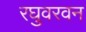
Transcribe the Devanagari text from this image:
रघुवरवन